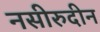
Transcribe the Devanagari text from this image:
नसीरुदीन